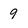
Character: 9